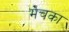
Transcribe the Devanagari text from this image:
मेचका